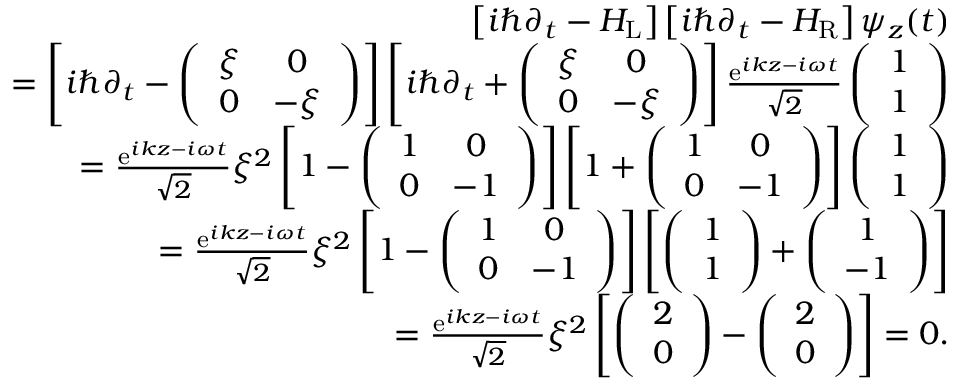
\begin{array} { r l r } & { } & { \left[ i \hbar \partial _ { t } - H _ { \mathrm { L } } \right] \left[ i \hbar \partial _ { t } - H _ { \mathrm { R } } \right] \psi _ { z } ( t ) } \\ & { } & { = \left[ i \hbar \partial _ { t } - \left( \begin{array} { c c } { \xi } & { 0 } \\ { 0 } & { - \xi } \end{array} \right) \right] \left[ i \hbar \partial _ { t } + \left( \begin{array} { c c } { \xi } & { 0 } \\ { 0 } & { - \xi } \end{array} \right) \right] \frac { \mathrm { e } ^ { i k z - i \omega t } } { \sqrt { 2 } } \left( \begin{array} { c } { 1 } \\ { 1 } \end{array} \right) } \\ & { } & { = \frac { \mathrm { e } ^ { i k z - i \omega t } } { \sqrt { 2 } } \xi ^ { 2 } \left[ 1 - \left( \begin{array} { c c } { 1 } & { 0 } \\ { 0 } & { - 1 } \end{array} \right) \right] \left[ 1 + \left( \begin{array} { c c } { 1 } & { 0 } \\ { 0 } & { - 1 } \end{array} \right) \right] \left( \begin{array} { c } { 1 } \\ { 1 } \end{array} \right) } \\ & { } & { = \frac { \mathrm { e } ^ { i k z - i \omega t } } { \sqrt { 2 } } \xi ^ { 2 } \left[ 1 - \left( \begin{array} { c c } { 1 } & { 0 } \\ { 0 } & { - 1 } \end{array} \right) \right] \left[ \left( \begin{array} { c } { 1 } \\ { 1 } \end{array} \right) + \left( \begin{array} { c } { 1 } \\ { - 1 } \end{array} \right) \right] } \\ & { } & { = \frac { \mathrm { e } ^ { i k z - i \omega t } } { \sqrt { 2 } } \xi ^ { 2 } \left[ \left( \begin{array} { c } { 2 } \\ { 0 } \end{array} \right) - \left( \begin{array} { c } { 2 } \\ { 0 } \end{array} \right) \right] = 0 . } \end{array}